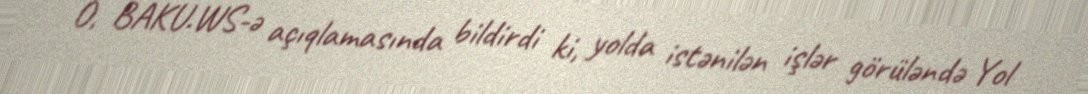
O, BAKU.WS-ə açıqlamasında bildirdi ki, yolda istənilən işlər görüləndə Yol